Code of medical and sanitary regulations for the guidance of medical officers serving in the Madras Presidency - Volume I
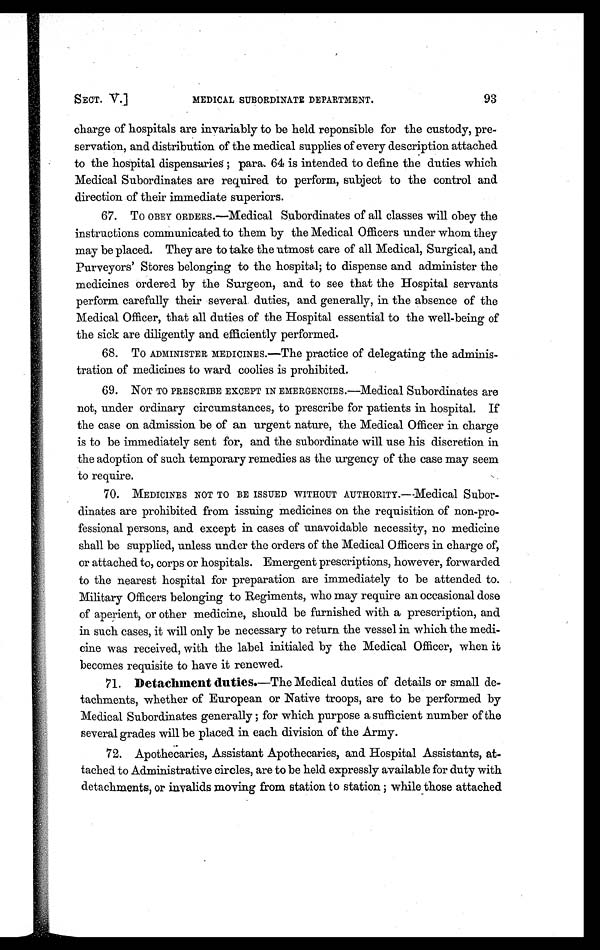
SECT. V.]
MEDICAL SUBORDINATE DEPARTMENT.
93
charge of hospitals are invariably to be held reponsible for the custody, pre-
servation, and distribution of the medical supplies of every description attached
to the hospital dispensaries ; para. 64 is intended to define the duties which
Medical Subordinates are required to perform, subject to the control and
direction of their immediate superiors.
67. TO OBEY ORDERS.—Medical Subordinates of all classes will obey the
instructions communicated to them by the Medical Officers under whom they
may be placed. They are to take the utmost care of all Medical, Surgical, and
Purveyors' Stores belonging to the hospital; to dispense and administer the
medicines ordered by the Surgeon, and to see that the Hospital servants
perform carefully their several duties, and generally, in the absence of the
Medical Officer, that all duties of the Hospital essential to the well-being of
the sick are diligently and efficiently performed.
68. TO ADMINISTER MEDICINES.—The practice of delegating the adminis-
tration of medicines to ward coolies is prohibited.
69.
NOT TO PRESCRIBE EXCEPT IN EMERGENCIES.—Medical Subordinates are
not, under ordinary circumstances, to prescribe for patients in hospital. If
the case on admission be of an urgent nature, the Medical Officer in charge
is to be immediately sent for, and the subordinate will use his discretion in
the adoption of such temporary remedies as the urgency of the case may seem
to require.
70.
MEDICINES NOT TO BE ISSUED WITHOUT AUTHORITY.—Medical Subor-
dinates are prohibited from issuing medicines on the requisition of non-pro-
fessional persons, and except in cases of unavoidable necessity, no medicine
shall be supplied, unless under the orders of the Medical Officers in charge of,
or attached to, corps or hospitals. Emergent prescriptions, however, forwarded
to the nearest hospital for preparation are immediately to be attended to.
Military Officers belonging to Regiments, who may require an occasional dose
of aperient, or other medicine, should be furnished with a prescription, and
in such cases, it will only be necessary to return the vessel in which the medi-
cine was received, with the label initialed by the Medical Officer, when it
becomes requisite to have it renewed.
71. Detachment duties.—The Medical duties of details or small de-
tachments, whether of European or Native troops, are to be performed by
Medical Subordinates generally ; for which purpose a sufficient number of the
several grades will be placed in each division of the Army.
72. Apothecaries, Assistant Apothecaries, and Hospital Assistants, at-
tached to Administrative circles, are to be held expressly available for duty with
detachments, or invalids moving from station to station ; while those attached